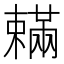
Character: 𣝮